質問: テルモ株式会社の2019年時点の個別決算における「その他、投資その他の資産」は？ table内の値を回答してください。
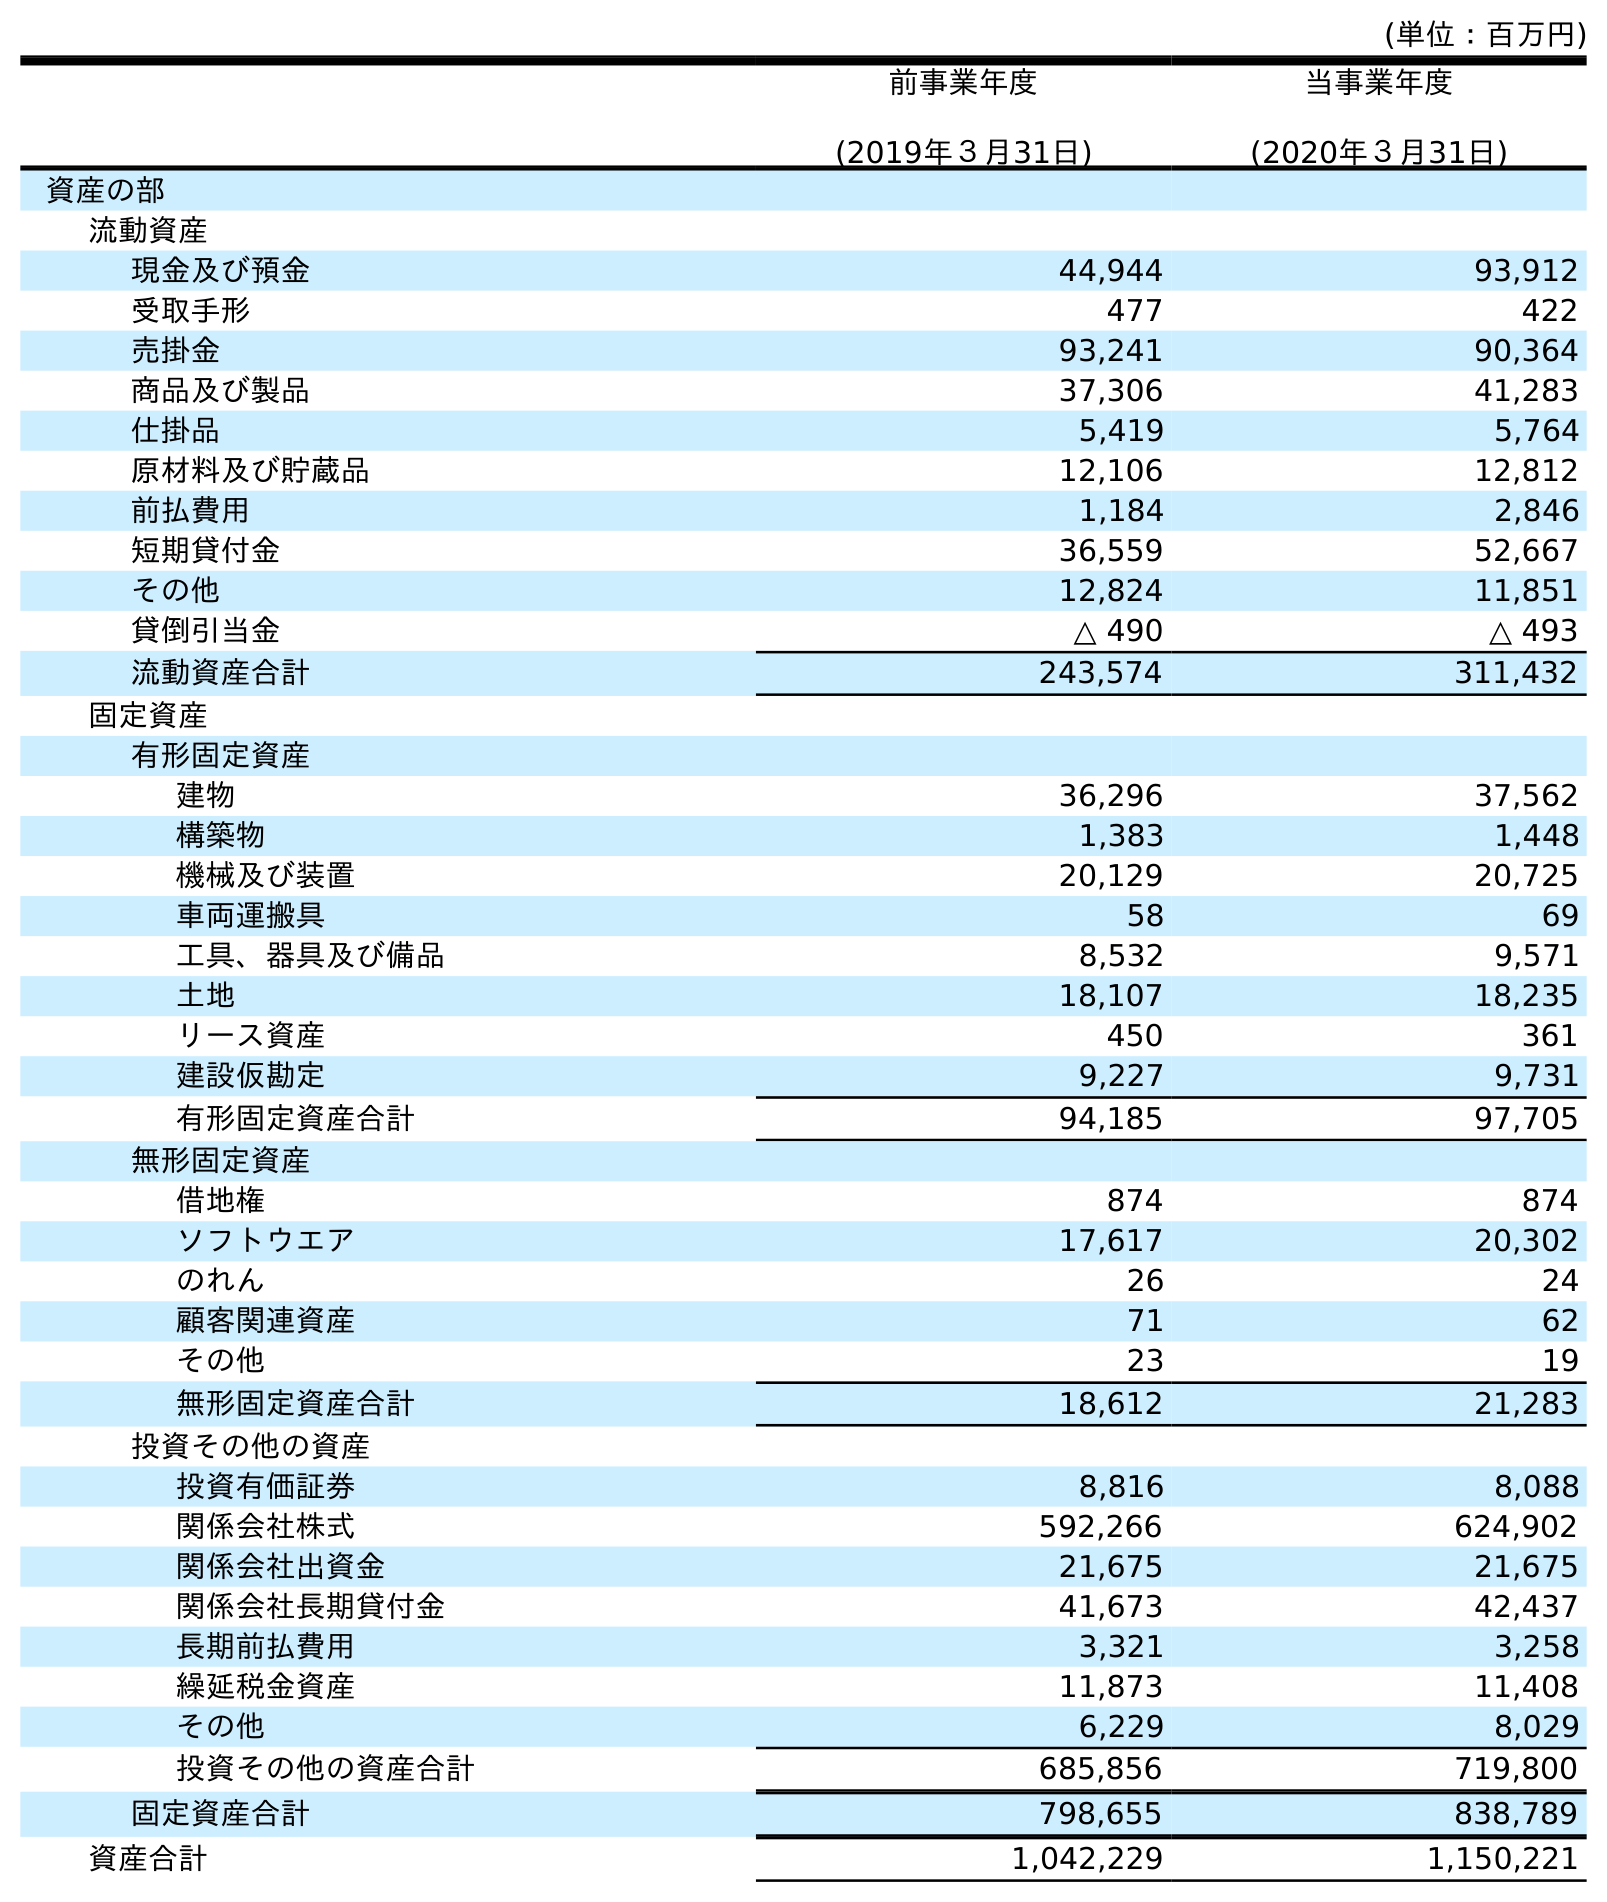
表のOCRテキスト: (単位：百万円) 前事業年度 (2019年３月31日) 当事業年度 (2020年３月31日) 資産の部 流動資産 現金及び預金 44,944 93,912 受取手形 477 422 売掛金 93,241 90,364 商品及び製品 37,306 41,283 仕掛品 5,419 5,764 原材料及び貯蔵品 12,106 12,812 前払費用 1,184 2,846 短期貸付金 36,559 52,667 その他 12,824 11,851 貸倒引当金 △ 490 △ 493 流動資産合計 243,574 311,432 固定資産 有形固定資産 建物 36,296 37,562 構築物 1,383 1,448 機械及び装置 20,129 20,725 車両運搬具 58 69 工具、器具及び備品 8,532 9,571 土地 18,107 18,235 リース資産 450 361 建設仮勘定 9,227 9,731 有形固定資産合計 94,185 97,705 無形固定資産 借地権 874 874 ソフトウエア 17,617 20,302 のれん 26 24 顧客関連資産 71 62 その他 23 19 無形固定資産合計 18,612 21,283 投資その他の資産 投資有価証券 8,816 8,088 関係会社株式 592,266 624,902 関係会社出資金 21,675 21,675 関係会社長期貸付金 41,673 42,437 長期前払費用 3,321 3,258 繰延税金資産 11,873 11,408 その他 6,229 8,029 投資その他の資産合計 685,856 719,800 固定資産合計 798,655 838,789 資産合計 1,042,229 1,150,221
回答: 6,229